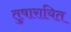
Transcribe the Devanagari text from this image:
तुषारायित